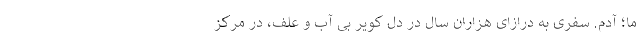
ما؛ آدم. سفری به درازای هزاران سال در دل کویر بی آب و علف، در مرکز